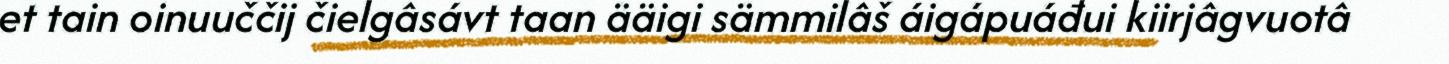
et tain oinuuččij čielgâsávt taan ääigi sämmilâš áigápuáđui kiirjâgvuotâ